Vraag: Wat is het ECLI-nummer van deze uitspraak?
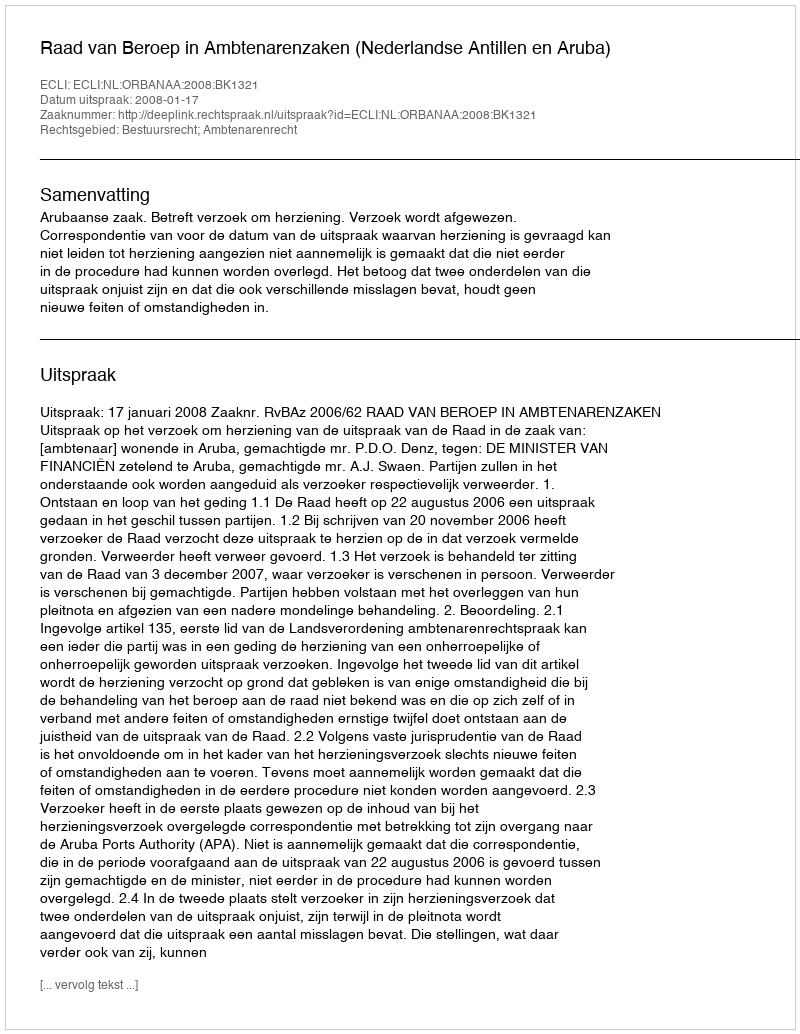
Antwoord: ECLI:NL:ORBANAA:2008:BK1321